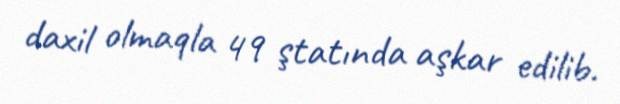
daxil olmaqla 49 ştatında aşkar edilib.